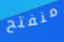
منفتح